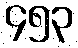
၄၅၃